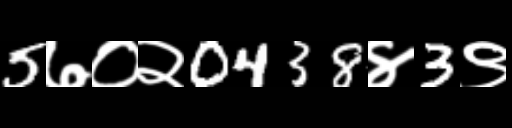
Text: 5७०२0438४3९